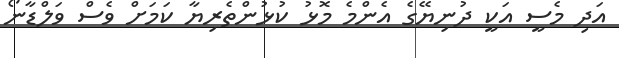
އަދި މެސީ އަކީ ދުނިޔޭގެ އެންމެ މޮޅު ކުޅުންތެރިޔާ ކަމަށް ވެސް ވަލްޑާނޯ